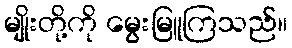
မျိုးတို့ကို မွေးမြူကြသည်။